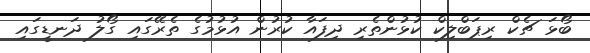
ބޯޅަ ޗެކް ރިޕަބްލިކް ކުޅުންތެރި ދިފައާ ކުރުން އުޅުމުގެ ތެރޭގައި ގޯލު ދަނޑީގައި